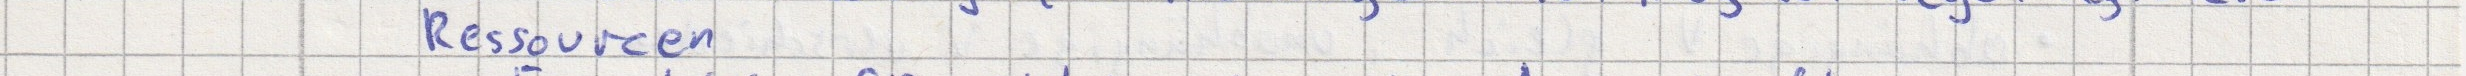
Ressourcen